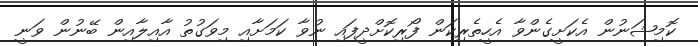
ކޮމިޝަނުން އެކަށީގެންވާ އެހީތެރިކަން ފޯރިކޮށްދީފައި ނުވާ ކަމަށާއި މިވަގުތު އާއިލާއިން ބޭނުން ވަނީ